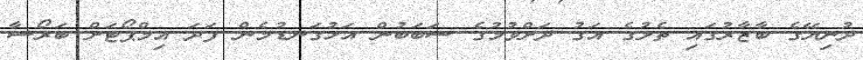
ދުނިޔޭގެ ބާޒާރުގައި ތެލުގެ އަގު ދަށްވުމުގެ ސަބަބުން އަޅުގަނޑުމެން ފަދަ އިމްޕޯޓަށް ބަރޯސާ